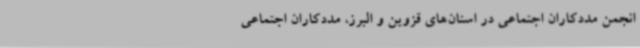
انجمن مددکاران اجتماعی در استان‌های قزوین و البرز، مددکاران اجتماعی